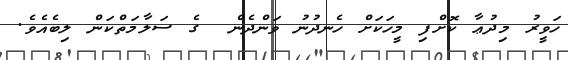
ހަވީރު މިދުޢާ ކޮށްފި މީހަކަށް ހެނދުނު ވަންދެން  ގެ ސަލާމަތްކަން ލިބެއެވެ.